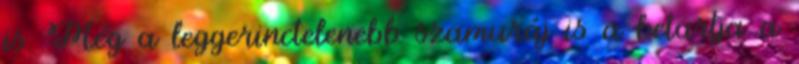
is. Még a leggerinctelenebb szamuráj is a betartja a